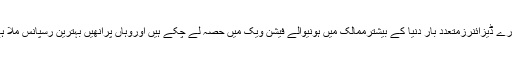
ہمارے ڈیزائنرزمتعدد بار دنیا کے بیشترممالک میں ہونیوالے فیشن ویک میں حصہ لے چکے ہیں اوروہاں پرانھیں بہترین رسپانس ملا ہے۔